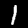
Label: 1